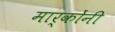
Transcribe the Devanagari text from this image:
मार्कोंनी